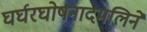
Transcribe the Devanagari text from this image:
घर्घरघोषनादमलिने